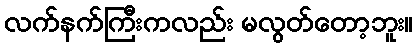
လက်နက်ကြီးကလည်း မလွတ်တော့ဘူး။